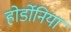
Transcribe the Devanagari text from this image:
होर्डोनिया